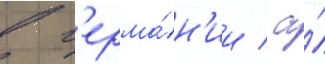
в г'ерма́н'ии / а́